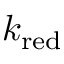
k _ { \mathrm { r e d } }